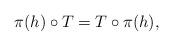
LaTeX: \begin{align*} \pi(h) \circ T = T \circ \pi(h),\end{align*}